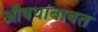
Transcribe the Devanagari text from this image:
औषधांबाबत